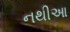
નથીઆ